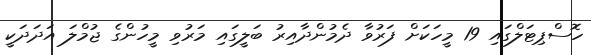
ހޮސްޕިޓަލްގައި 19 މީހަކަށް ފަރުވާ ދެމުންދާއިރު ބަލީގައި މަަރުވި މީހުންގެ ޖުމްލަ އަދަދަކީ